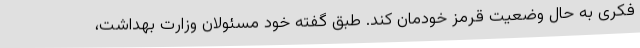
فکری به حال وضعیت قرمز خودمان کند. طبق گفته خود مسئولان وزارت بهداشت،